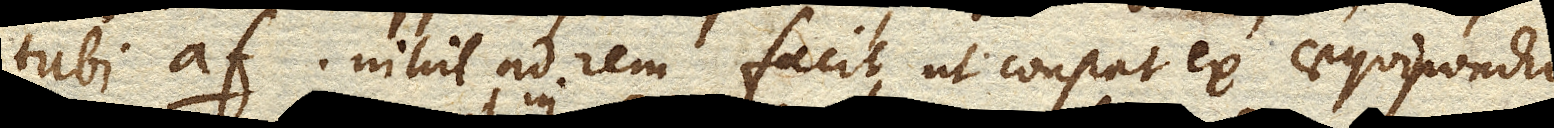
tubi af. nihil ad rem facit, ut constat ex aequipondio